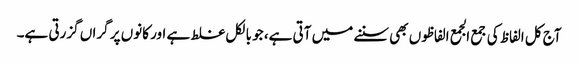
آج کل الفاظ کی جمع الجمع الفاظوں بھی سننے میں آتی ہے، جو بالکل غلط ہے اور کانوں پر گراں گزرتی ہے۔